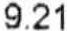
9.21